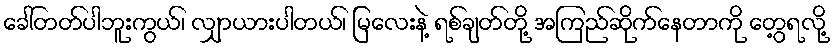
ခေါ်တတ်ပါဘူးကွယ်၊ လျှာယားပါတယ်၊ မြလေးနဲ့ ရစ်ချတ်တို့ အကြည်ဆိုက်နေတာကို တွေ့ရလို့